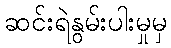
ဆင်းရဲနွမ်းပါးမှုမှ